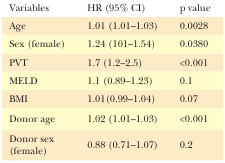
| Variables | HR (95% CI) | p value |
 | --- | --- | --- |
 | Age | 1.01 (1.01–1.03) | 0.0028 |
 | Sex (female) | 1.24 (101–1.54) | 0.0380 |
 | PVT | 1.7 (1.2–2.5) | <0.001 |
 | MELD | 1.1 (0.89–1.23) | 0.1 |
 | BMI | 1.01(0.99–1.04) | 0.07 |
 | Donor age | 1.02 (1.01–1.03) | <0.001 |
 | Donor sex (female) | 0.88 (0.71–1.07) | 0.2 |